system: You are a helpful assistant.
user:
Analyze the provided spectrum to determine if it is a **S-type Star**.

- **Key Indicators for S-type Star:**

    - **(Overall Spectrum Shape):** The first and most obvious characteristic is the overall continuum (the "baseline" shape). It is **extremely "red-sloping,"** meaning the flux (light intensity) is very low on the left side (blue, ~4000-4500 Å) and rises steeply and continuously toward the right side (red, ~7000 Å+).

    - **(Primary):** The spectrum is defined by the presence of strong, broad molecular absorption "valleys" (bands) from **Zirconium Oxide (ZrO)**. The identification of these bands is the **primary requirement** for classifying a star as S-type.
        - **(Key Bandheads):** You must find distinct, deep "dips" where the light has been absorbed. The most critical band systems to locate are:
            - **~6474 Å** ($\gamma$-system): This is often the strongest and clearest ZrO feature, found in the red part of the spectrum.
            - **~5718 Å** & **~5551 Å** ($\beta$-system): A pair of prominent absorption features in the yellow-orange part of the spectrum.
            - **~4640 Å** ($\alpha$-system): A key absorption band system in the blue-green region of the spectrum.

    - **(Secondary Confirmation):** The classification is strengthened by finding additional absorption bands from other related heavy element oxides, which are expected to be present alongside ZrO.
        - **(Key Bandheads):**
            - **Yttrium Oxide (YO):** Look for absorption dips near **~4800 Å** and **~6100 Å**.
            - **Lanthanum Oxide (LaO):** Additional absorption features, particularly in the red-orange part of the spectrum, are also characteristic.

    - **(Line Profile):** The combination of the steep red continuum and these numerous, deep molecular bands (ZrO, YO, etc.) gives the entire spectrum a very **"chopped-up"** or **"bumpy"** appearance. Instead of a smooth curve, the spectrum looks as though large, wide chunks of light have been "carved out" of it at the specific wavelengths listed above.

Think first, call **spectral_visualization_tool** if needed to examine features in detail, then provide your final answer. Your response must adhere to the following strict rules:
1.  **Overall Structure:** Your response must follow the format `<think>...</think> <tool_call>...</tool_call> (if a tool is used) <answer>...</answer>`.
2.  **Tool Usage Constraint:** You may only make **one** tool call per turn.
3.  **Final Answer Format:** In the `<answer>` tag, your conclusion must be inside a `\boxed{}` command (e.g., `\boxed{YES}` or `\boxed{NO}`), followed by your justification.

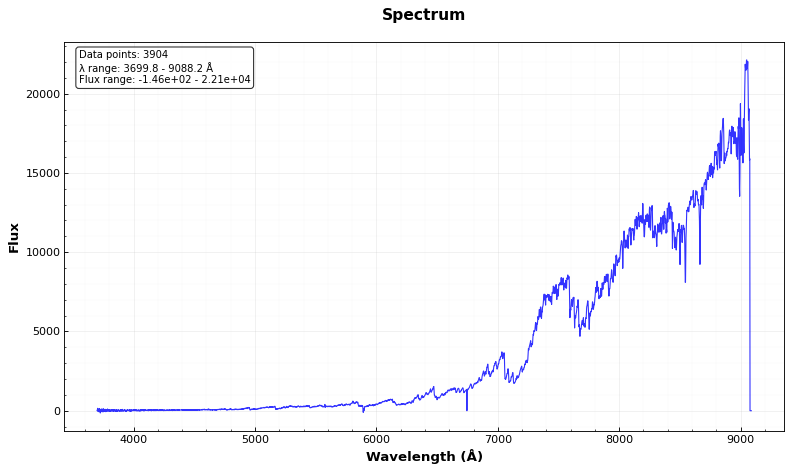
Answer: YES